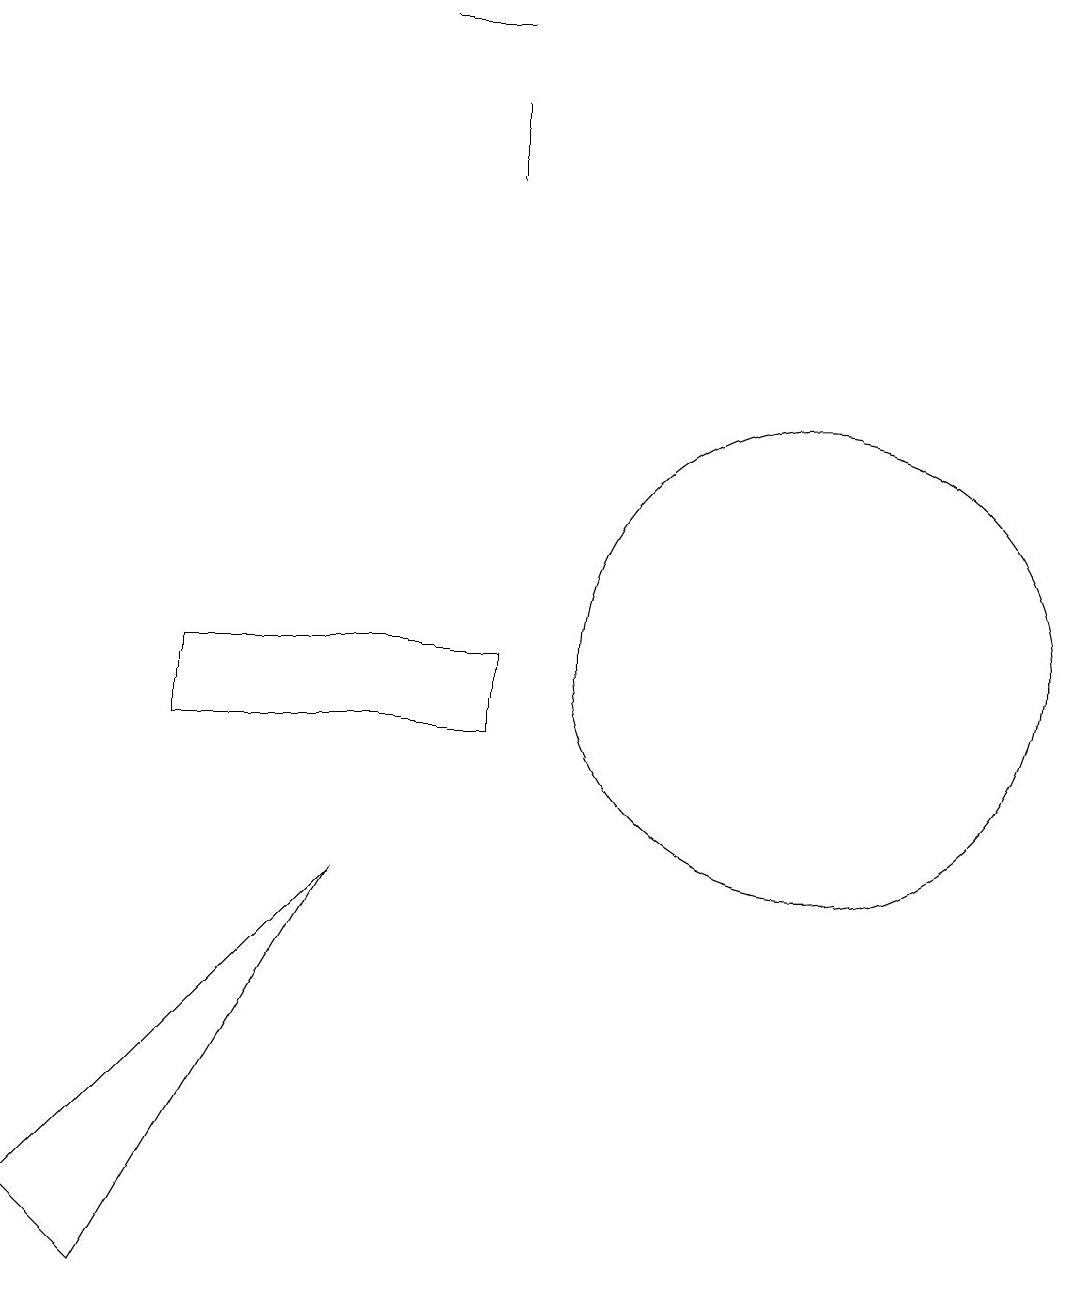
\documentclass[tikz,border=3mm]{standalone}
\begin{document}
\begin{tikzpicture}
\draw (10,11) circle (3);
\draw (5,19) rectangle (6,19);
\draw (6,17) rectangle (6,18);
\draw (6,10) rectangle (2,11);
\draw (4,8) -- (0,4) -- (1,3) -- cycle;
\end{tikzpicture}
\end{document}